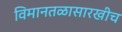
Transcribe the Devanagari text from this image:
विमानतळासारखीच